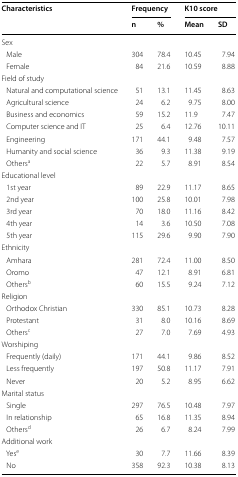
<table><thead><tr><td rowspan="2"><b>Characteristics</b></td><td colspan="2"><b>Frequency</b></td><td colspan="2"><b>K10 score</b></td></tr><tr><td><b>n</b></td><td><b>%</b></td><td><b>Mean</b></td><td><b>SD</b></td></tr></thead><tbody><tr><td colspan="5">Sex</td></tr><tr><td> Male</td><td>304</td><td>78.4</td><td>10.45</td><td>7.94</td></tr><tr><td> Female</td><td>84</td><td>21.6</td><td>10.59</td><td>8.88</td></tr><tr><td colspan="5">Field of study</td></tr><tr><td> Natural and computational science</td><td>51</td><td>13.1</td><td>11.45</td><td>8.63</td></tr><tr><td> Agricultural science</td><td>24</td><td>6.2</td><td>9.75</td><td>8.00</td></tr><tr><td> Business and economics</td><td>59</td><td>15.2</td><td>11.9</td><td>7.47</td></tr><tr><td> Computer science and IT</td><td>25</td><td>6.4</td><td>12.76</td><td>10.11</td></tr><tr><td> Engineering</td><td>171</td><td>44.1</td><td>9.48</td><td>7.57</td></tr><tr><td> Humanity and social science</td><td>36</td><td>9.3</td><td>11.38</td><td>9.19</td></tr><tr><td> Others<sup>a</sup></td><td>22</td><td>5.7</td><td>8.91</td><td>8.54</td></tr><tr><td colspan="5">Educational level</td></tr><tr><td> 1st year</td><td>89</td><td>22.9</td><td>11.17</td><td>8.65</td></tr><tr><td> 2nd year</td><td>100</td><td>25.8</td><td>10.01</td><td>7.98</td></tr><tr><td> 3rd year</td><td>70</td><td>18.0</td><td>11.16</td><td>8.42</td></tr><tr><td> 4th year</td><td>14</td><td>3.6</td><td>10.50</td><td>7.08</td></tr><tr><td> 5th year</td><td>115</td><td>29.6</td><td>9.90</td><td>7.90</td></tr><tr><td colspan="5">Ethnicity</td></tr><tr><td> Amhara</td><td>281</td><td>72.4</td><td>11.00</td><td>8.50</td></tr><tr><td> Oromo</td><td>47</td><td>12.1</td><td>8.91</td><td>6.81</td></tr><tr><td> Others<sup>b</sup></td><td>60</td><td>15.5</td><td>9.24</td><td>7.12</td></tr><tr><td colspan="5">Religion</td></tr><tr><td> Orthodox Christian</td><td>330</td><td>85.1</td><td>10.73</td><td>8.28</td></tr><tr><td> Protestant</td><td>31</td><td>8.0</td><td>10.16</td><td>8.69</td></tr><tr><td> Others<sup>c</sup></td><td>27</td><td>7.0</td><td>7.69</td><td>4.93</td></tr><tr><td colspan="5">Worshiping</td></tr><tr><td> Frequently (daily)</td><td>171</td><td>44.1</td><td>9.86</td><td>8.52</td></tr><tr><td> Less frequently</td><td>197</td><td>50.8</td><td>11.17</td><td>7.91</td></tr><tr><td> Never</td><td>20</td><td>5.2</td><td>8.95</td><td>6.62</td></tr><tr><td colspan="5">Marital status</td></tr><tr><td> Single</td><td>297</td><td>76.5</td><td>10.48</td><td>7.97</td></tr><tr><td> In relationship</td><td>65</td><td>16.8</td><td>11.35</td><td>8.94</td></tr><tr><td> Others<sup>d</sup></td><td>26</td><td>6.7</td><td>8.24</td><td>7.99</td></tr><tr><td colspan="5">Additional work</td></tr><tr><td> Yes<sup>e</sup></td><td>30</td><td>7.7</td><td>11.66</td><td>8.39</td></tr><tr><td> No</td><td>358</td><td>92.3</td><td>10.38</td><td>8.13</td></tr></tbody></table>